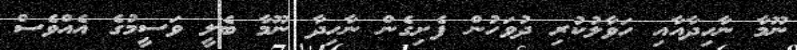
ނޫމާ ނާހިދާއާއި ހަވާލުކުރި ދުވަހުން ފެށިގެން ނާހިދާ ނޫމާ ބެލީ ވަސީމުގެ އެއްވެސް